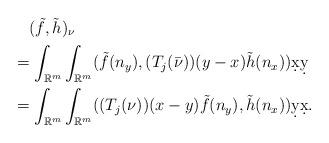
LaTeX: \begin{align*}&\quad(\tilde{f},\tilde{h})_{\nu}\\&=\int_{\mathbb{R}^{m}}\int_{\mathbb{R}^{m}}(\tilde{f}(n_{y}),(T_{j}({\bar{\nu}}))(y-x)\tilde{h}(n_{x})) \d x\d y\\&=\int_{\mathbb{R}^{m}}\int_{\mathbb{R}^{m}}((T_{j}(\nu))(x-y)\tilde{f}(n_{y}), \tilde{h}(n_{x}))\d y\d x.\end{align*}